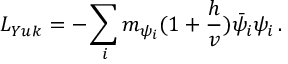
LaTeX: L _ { Y u k } = - \sum _ { i } m _ { \psi _ { i } } ( 1 + \frac { h } { v } ) \bar { \psi } _ { i } \psi _ { i } \, .